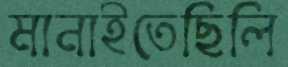
মানাইতেছিলি